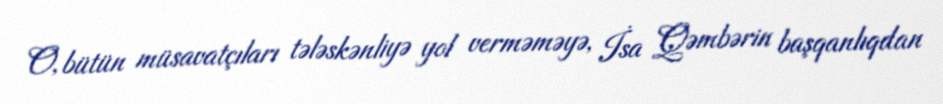
O, bütün müsavatçıları tələskənliyə yol verməməyə, İsa Qəmbərin başqanlıqdan